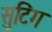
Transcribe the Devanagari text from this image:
सुटिंग